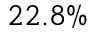
2 2 . 8 \%